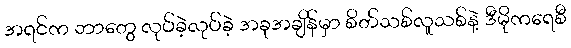
အရင်က ဘာတွေ လုပ်ခဲ့လုပ်ခဲ့ အခုအချိန်မှာ စိတ်သစ်လူသစ်နဲ့ ဒီမိုကရေစီ